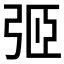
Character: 弬